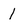
Character: l